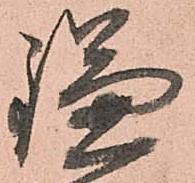
鎌